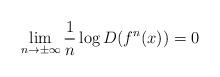
LaTeX: \begin{align*}\lim_{n \to \pm \infty}\frac{1}{n} \log D(f^n(x))=0 \end{align*}